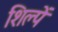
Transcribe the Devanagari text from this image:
शिल्पें